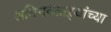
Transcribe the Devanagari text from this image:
अतिनवताऱ्यांच्या